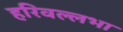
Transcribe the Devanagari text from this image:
हरिवल्लभा